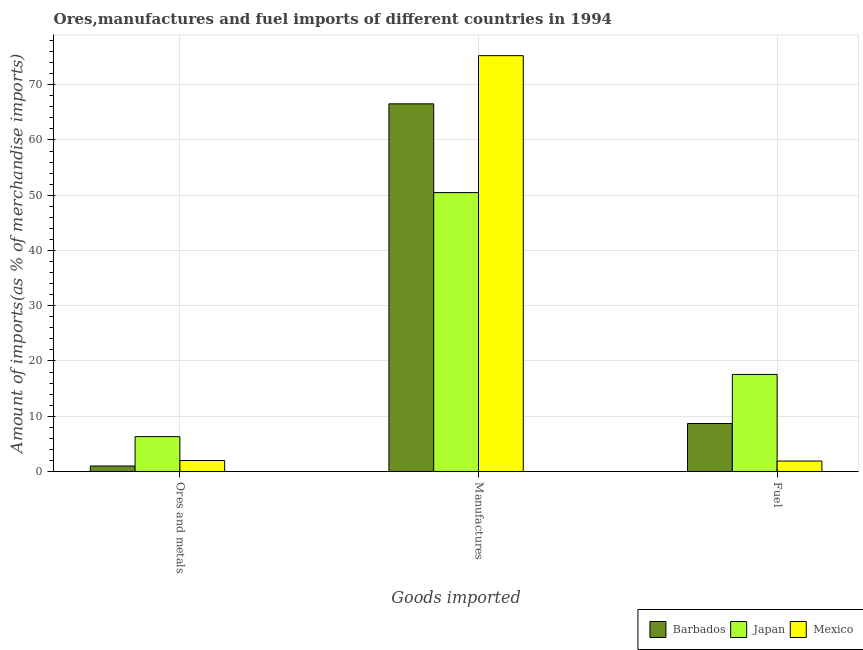
| Goods imported | Barbados | Japan | Mexico |
 | --- | --- | --- | --- |
 | Ores and metals | 0.995 | 6.3 | 1.98 |
 | Manufactures | 66.5 | 50.5 | 75.3 |
 | Fuel | 8.69 | 17.6 | 1.89 |